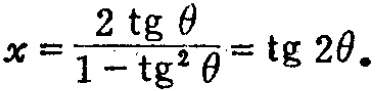
$x = \frac{2 \operatorname{tg} \theta}{1 - \operatorname{tg}^{2} \theta} = \operatorname{tg} 2 \theta.$